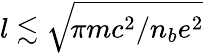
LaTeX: l\lesssim\sqrt{\! \pi mc^{2}/n_{b}e^{2}}